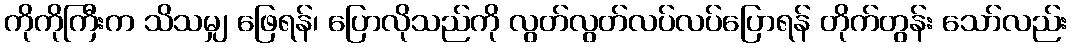
ကိုကိုကြီးက သိသမျှ ဖြေရန်၊ ပြောလိုသည်ကို လွတ်လွတ်လပ်လပ်ပြောရန် တိုက်တွန်း သော်လည်း